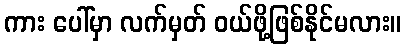
ကား ပေါ်မှာ လက်မှတ် ဝယ်ဖို့ဖြစ်နိုင်မလား။